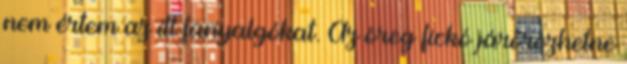
nem értem az itt fanyalgókat. Az öreg fickó járőrözhetne